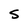
Character: S